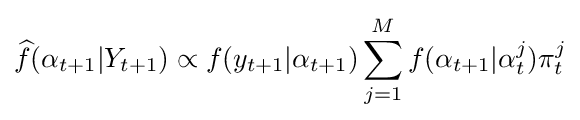
{\widehat {f}}(\alpha _{t+1}|Y_{t+1})\propto f(y_{t+1}|\alpha _{t+1})\sum _{j=1}^{M}f(\alpha _{t+1}|\alpha _{t}^{j})\pi _{t}^{j}